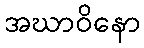
အဃာဝိနော